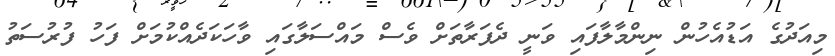
މިއަދުގެ އަޑުއެހުން ނިންމާލާފައި ވަނީ ދެފަރާތަށް ވެސް މައްސަލާގައި ވާހަކަދެއްކުމަށް ފަހު ފުރުސަތު